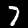
Label: 7